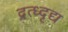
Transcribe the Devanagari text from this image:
द्रत्ध्दृद्य